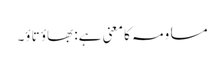
مساومہ کا معنی ہے: بھاؤ تاؤ۔